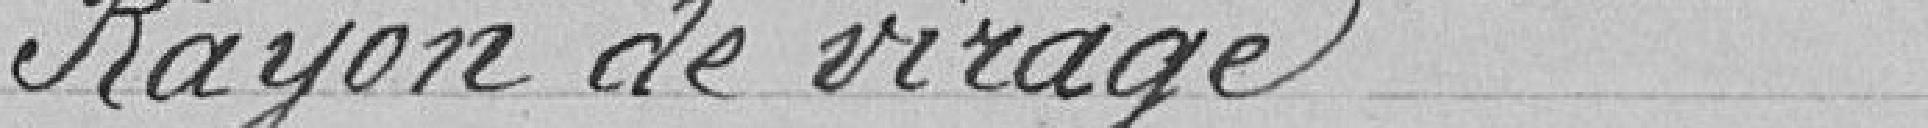
Rayon de virage